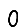
Digit: 0